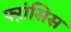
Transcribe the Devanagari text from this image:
फ्ऱांसिस